Distribution and causation of leprosy in British India
Year: 1875
Disease focus: Leprosy
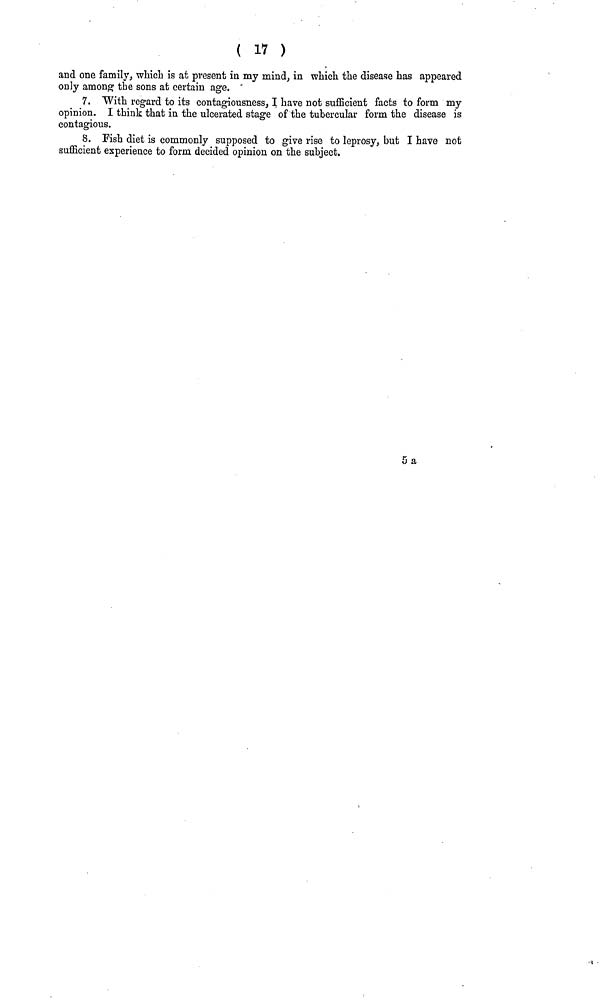
( 17 )
and one family, which is at present in my mind, in which the disease has appeared
only among- the sons at certain age.
7. With regard to its contagiousness, I have not sufficient facts to form my
opinion. I think that in the ulcerated stage of the tubercular form the disease is
contagious.
8. Fish diet is commonly supposed to give rise to leprosy, but I have not
sufficient experience to form decided opinion on the subject.
5 a